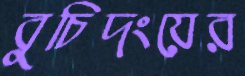
বুচিদংয়ের